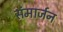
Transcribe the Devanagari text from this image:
संमार्जन